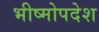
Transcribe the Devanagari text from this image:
भीष्मोपदेश